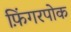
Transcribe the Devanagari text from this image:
फ़िंगरपोक